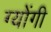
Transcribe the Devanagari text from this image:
ग्योंगी